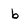
Character: b